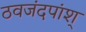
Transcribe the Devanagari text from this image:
ठवजंदपांश्